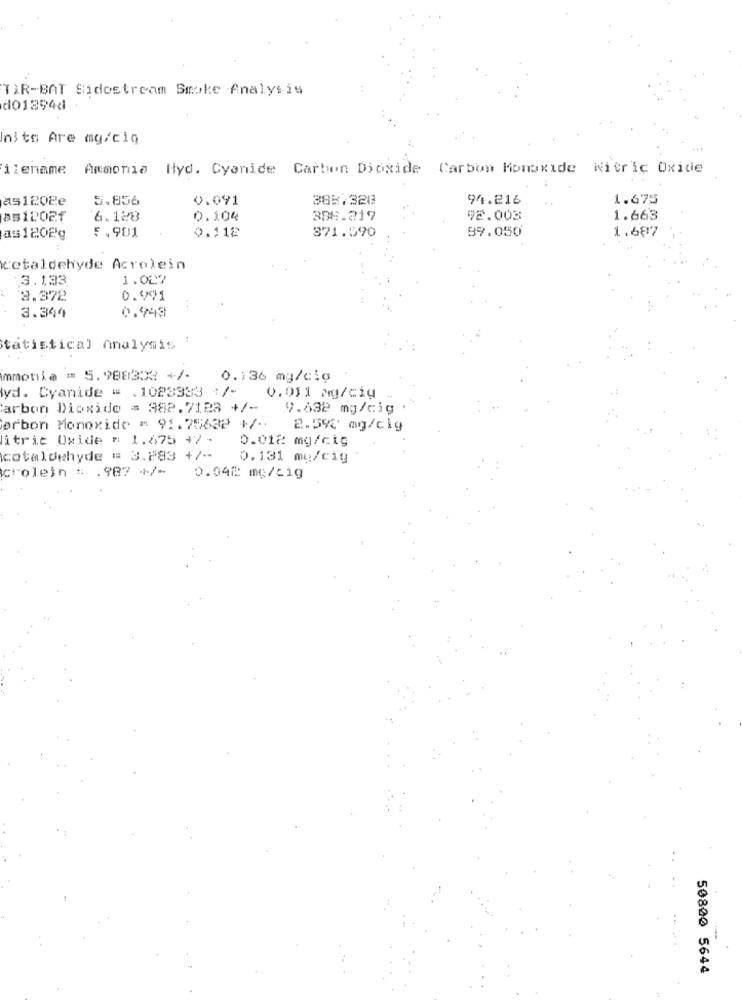
TIR-BAT Sidostream Smoke Analysis
do1294d
Inits Are mg/cio
ilename Ammonia Hyd. Cyanide Carbon Dioxide Carbon Monoxide Nitric Oxide
as1202e
5.856
0.091
388.328
94.216
1.675
as1202f
6.128
0.104
386.219
92.003
1.663
5.901
0.112
371.590
99.050
1.687
as 1202g
cetaldehyde Acrolein
3.133
1.007
8.372
0.991
0.943
3.344
tatistical Analysis !
immonia = 5.988302 +/-
0.136 mg/cio
yd. Cyanide = . 1023383 :/-
0.011 Mg/ciu
arbon Dioxide = 382.7123 +/-
9.638 mg/cig
erbon Monoxide = 91.75632 +/-
2.59% mg/cig
itric Oxide = 1.675 +7 -
0.012 mg/cig
cotaldehyde = 3.293 +/ --
0.131 mq/c1g
crolein : . 987 +/-
0.042 mg/cig
50800 5644